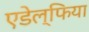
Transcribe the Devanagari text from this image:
एडेल्फिया